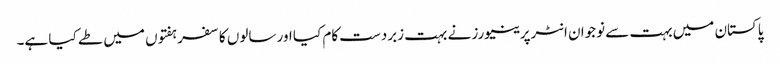
پاکستان میں بہت سے نوجوان انٹرپرینیورز نے بہت زبردست کام کیا اور سالوں کا سفر ہفتوں میں طے کیا ہے۔